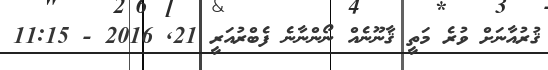
ޤުރުއާނަށް ވުރެ މަތީ ޤާނޫނެއް ނޯންނާނެ ފެބްރުއަރީ 21